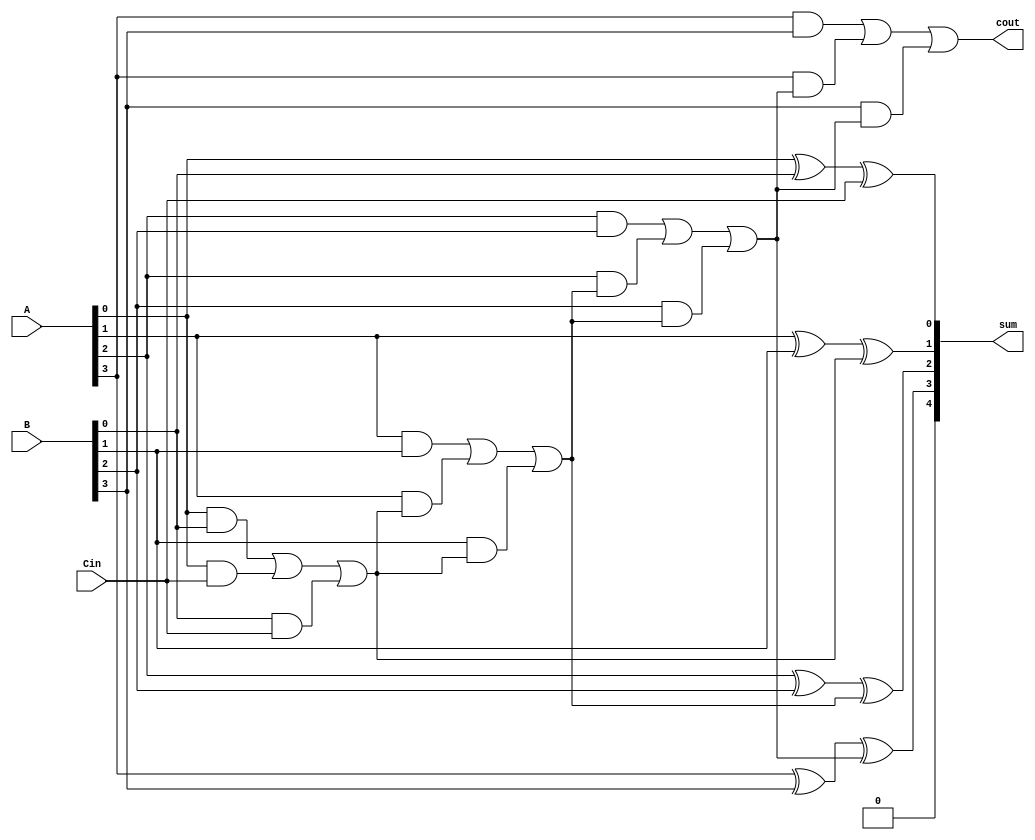

module add4task(A,B,Cin,sum,cout);
input [3:0] A;
  input [3:0] B;
  input        Cin;
  output [4:0] sum;
  output cout;
  reg cout;
  reg   [4:0] sum;
 integer i; 
task Addvec;
      input [3:0] Add1;
      input [3:0] Add2;
      input Cin;
      output [3:0] sum;
      output cout;
      reg C;
      begin
         C = Cin;
         for(i = 0; i < 4; i = i + 1)
            begin
               sum[i] = Add1[i] ^ Add2[i] ^  C ;
               C = (Add1[i] & Add2[i]) | (Add1[i] & C) | (Add2[i] & C);
            end
         cout = C ;
      end
    endtask
	 always@(*)
	 begin
	 Addvec(A, B, Cin, sum, cout);
	 end
	 
	 endmodule